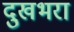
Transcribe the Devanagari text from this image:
दुखभरा